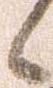
候